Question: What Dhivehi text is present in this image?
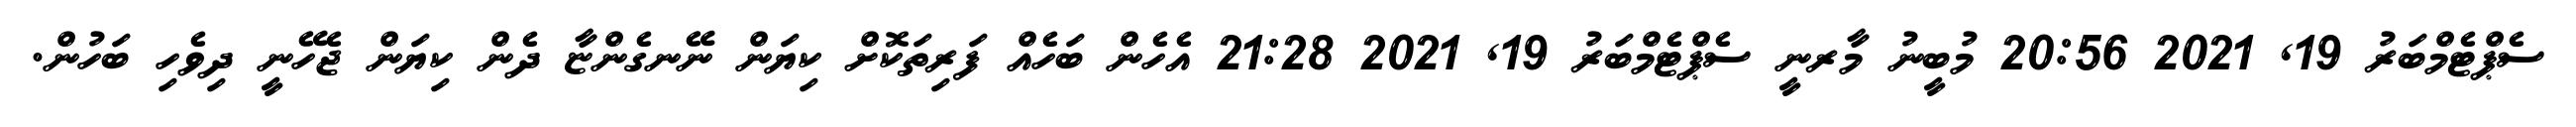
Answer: ސެޕްޓެމްބަރު 19, 2021 20:56 މުބީނު މާރނީ ސެޕްޓެމްބަރު 19, 2021 21:28 އެހެން ބަހެއް ފަރިތަކޮށް ކިޔަން ނޭނގެންޏާ ދެން ކިޔަން ޖެހޭނީ ދިވެހި ބަހުން.